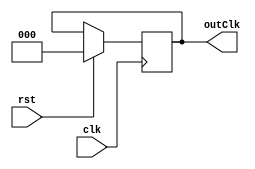
module clkByN #(parameter N = 6, WIDTH = 3)(
    input wire clk,
    input wire rst,
    output reg[WIDTH-1:0] outClk 
);
    reg[WIDTH-1:0] rclk;
    wire [WIDTH-1:0] wClkTrack;
    
    assign wClkTrack = rClk + 1;

    always @ (posedge clk) begin
        if (rst == 1'b1) begin
            outClk <= 1'b0;
        end
        else if (rClk == N/2)begin
            rClk <= 0;
            outClk <= ~outClk;
        end
        else begin
            rClk <= wClkTrack;
        end
    end
endmodule